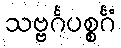
သဗ္ဗင်္ဂပစ္စင်္ဂံ